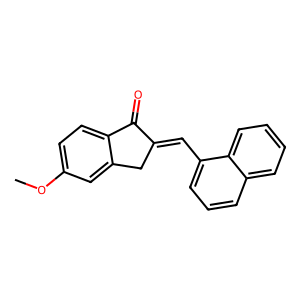
SMILES: COc1ccc2c(c1)CC(=Cc1cccc3ccccc13)C2=O
Inhibits HIV replication: No